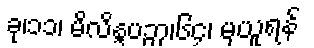
ခု၊၁၁၊ မိလိန္ဒပဉှာ၊၆၄၊ မှယူရန်